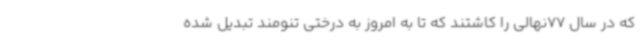
که در سال 77نهالی را کاشتند که تا به امروز به درختی تنومند تبدیل شده